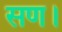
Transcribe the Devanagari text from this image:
सण।